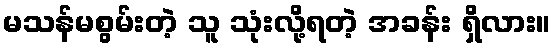
မသန်မစွမ်းတဲ့ သူ သုံးလို့ရတဲ့ အခန်း ရှိလား။